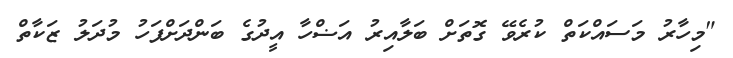
"މިހާރު މަސައްކަތް ކުރެވޭ ގޮތަށް ބަލާއިރު އަޟްހާ އީދުގެ ބަންދަށްފަހު މުދަލު ޒަކާތް